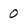
Character: 0